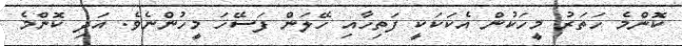
ކޮންމެ ހަތަރު މީހަކުން އެކަކަކީ ފަތިހާއި ހޭލަން ފަސޭހަ މީހުންނެވެ. އަދި ކޮންމެ